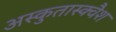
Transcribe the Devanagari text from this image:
अस्कुतास्क्वैश